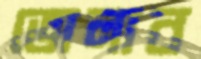
ভোলাব